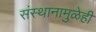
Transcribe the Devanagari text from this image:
संस्थानामुळेही